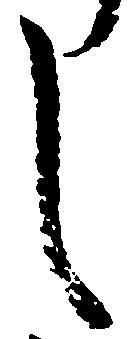
し